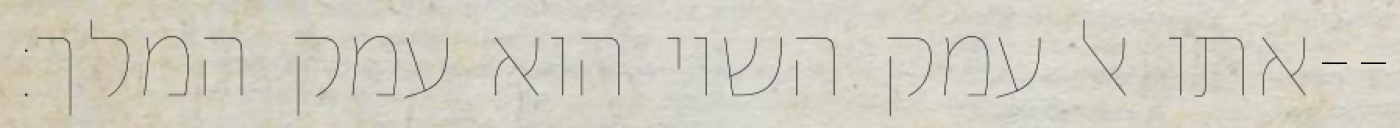
אתו אל עמק השוי הוא עמק המלך׃--